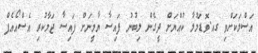
އަސްލަކަށްވި ގއ.ވޮޑަމުލާ ކުއްޔަށް ދީގެން ލިބުނު ފައިސާ ޔާމީނަށް ފައިސާ ޖަމާކުރި އެސްއޯއެފް